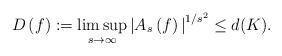
LaTeX: \begin{align*}D\left( f\right) :=\limsup_{s\rightarrow \infty }{\lvert A_{s}}\left(f\right) {\rvert }^{1/s^{2}}\leq d(K). \end{align*}